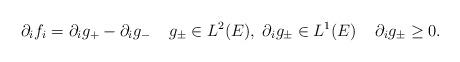
LaTeX: \begin{align*}\partial_i f_i = \partial_i g_+ - \partial_i g_- \;\; \;\; g_{\pm} \in L^2(E), \; \partial_i g_{\pm} \in L^{1}(E) \;\; \;\; \partial_i g_{\pm} \geq 0.\end{align*}